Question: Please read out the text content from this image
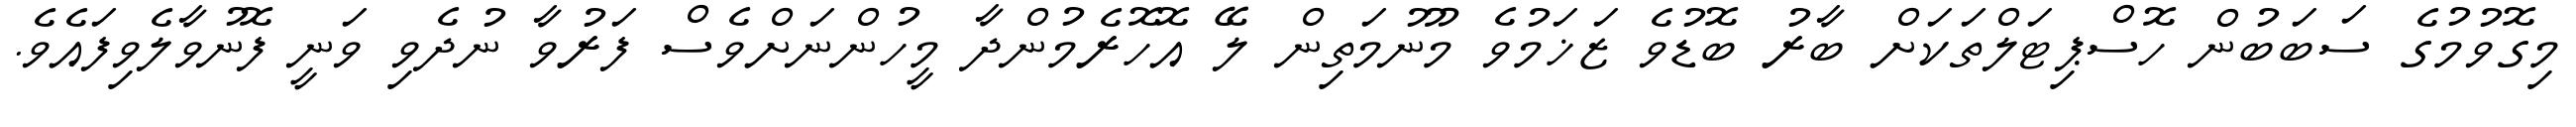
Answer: މިގޮވުމުގެ ސަބަބުން ހޮސްޕިޓަލްތަކަށް ބާރު ބޮޑުވެ ޒަޚަމުވެ މޫނުމަތިން ލޭ އޮހޮރެމުންދާ މީހުންނަށްވެސް ފަރުވާ ނުދެވި ވަނީ ފޮނުވާލެވިފައެވެ.